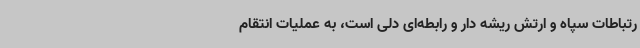
رتباطات سپاه و ارتش ریشه دار و رابطه‌ای دلی است، به عملیات انتقام